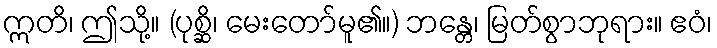
ဣတိ၊ ဤသို့။ (ပုစ္ဆိ၊ မေးတော်မူ၏။) ဘန္တေ၊ မြတ်စွာဘုရား။ ဧဝံ၊